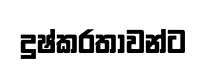
දුෂ්කරතාවන්ට